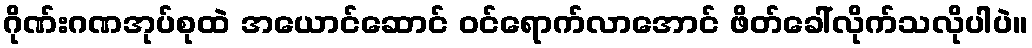
ဂိုဏ်းဂဏအုပ်စုထဲ အယောင်ဆောင် ဝင်ရောက်လာအောင် ဖိတ်ခေါ်လိုက်သလိုပါပဲ။